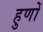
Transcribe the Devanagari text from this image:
हुणों